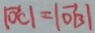
\vert \overrightarrow { O C } \vert = \vert \overrightarrow { O B \vert }